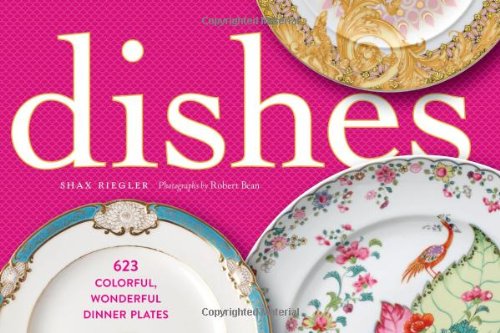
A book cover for Dishes; Shax Riegler; Cookbooks, Food & Wine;